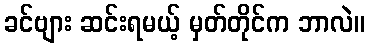
ခင်ဗျား ဆင်းရမယ့် မှတ်တိုင်က ဘာလဲ။